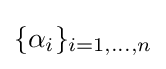
\{\alpha _{i}\}_{i=1,\dots ,n}